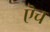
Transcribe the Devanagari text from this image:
ऎच